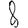
Digit: 8